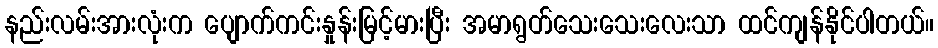
နည်းလမ်းအားလုံးက ပျောက်ကင်းနှုန်းမြင့်မားပြီး အမာရွတ်သေးသေးလေးသာ ထင်ကျန်နိုင်ပါတယ်။